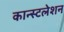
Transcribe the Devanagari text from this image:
कान्स्टलेशन